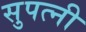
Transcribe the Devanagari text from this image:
सुपत्नी